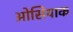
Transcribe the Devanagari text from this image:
ओसियाक